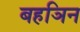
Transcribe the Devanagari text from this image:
बहञिन